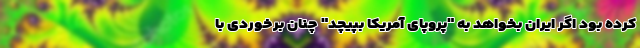
کرده بود اگر ایران بخواهد به "پروپای آمریکا بپیچد" چنان برخوردی با